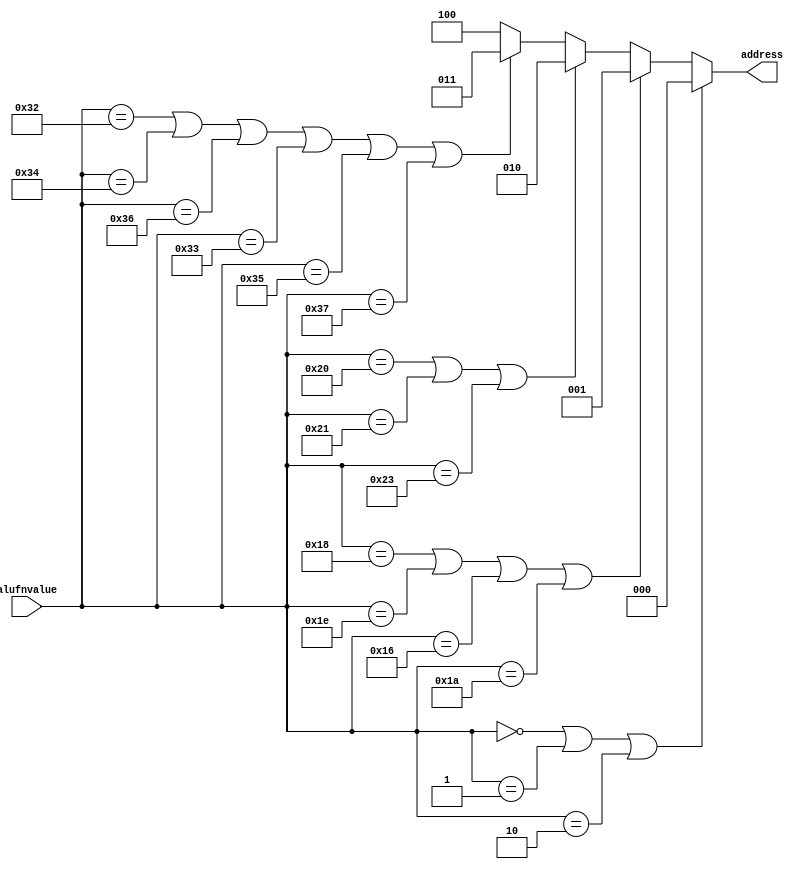
module show_component_16 (
    input [5:0] alufnvalue,
    output reg [2:0] address
  );
  
  
  
  localparam ADD = 6'h00;
  
  localparam SUB = 6'h01;
  
  localparam MUL = 6'h02;
  
  localparam AND = 6'h18;
  
  localparam OR = 6'h1e;
  
  localparam XOR = 6'h16;
  
  localparam ALDR = 6'h1a;
  
  localparam SHL = 6'h20;
  
  localparam SHR = 6'h21;
  
  localparam SRA = 6'h23;
  
  localparam CMPEQADD = 6'h32;
  
  localparam CMPEQSUB = 6'h33;
  
  localparam CMPLTADD = 6'h34;
  
  localparam CMPLTSUB = 6'h35;
  
  localparam CMPLEADD = 6'h36;
  
  localparam CMPLESUB = 6'h37;
  
  always @* begin
    if ((alufnvalue == 6'h00) | (alufnvalue == 6'h01) | (alufnvalue == 6'h02)) begin
      address = 3'h0;
    end else begin
      if ((alufnvalue == 6'h18) | (alufnvalue == 6'h1e) | (alufnvalue == 6'h16) | (alufnvalue == 6'h1a)) begin
        address = 3'h1;
      end else begin
        if ((alufnvalue == 6'h20) | (alufnvalue == 6'h21) | (alufnvalue == 6'h23)) begin
          address = 3'h2;
        end else begin
          if ((alufnvalue == 6'h32) | (alufnvalue == 6'h34) | (alufnvalue == 6'h36) | (alufnvalue == 6'h33) | (alufnvalue == 6'h35) | (alufnvalue == 6'h37)) begin
            address = 3'h3;
          end else begin
            address = 3'h4;
          end
        end
      end
    end
  end
endmodule